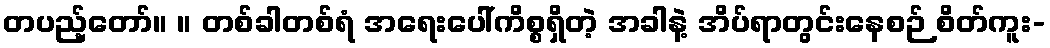
တပည့်တော်။ ။ တစ်ခါတစ်ရံ အရေးပေါ်ကိစ္စရှိတဲ့ အခါနဲ့ အိပ်ရာတွင်းနေစဉ် စိတ်ကူး-